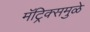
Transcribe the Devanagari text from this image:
मॅट्रिक्समुळे